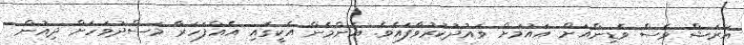
އަރަޝް ވެސް ވެޑިންއަށް އައުމަށް ވައުދުކުރުވާފައެވެ. އެންމެން އެކީގައި އެއްފަހަރާ މަސްދުވަހަށް ދިއުން